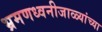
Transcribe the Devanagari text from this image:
भ्रमणध्वनीजाळ्यांच्या